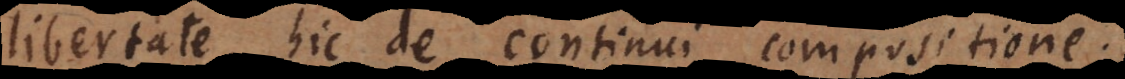
libertate, hic de continui compositione;